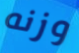
وزنه